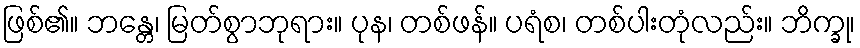
ဖြစ်၏။ ဘန္တေ၊ မြတ်စွာဘုရား။ ပုန၊ တစ်ဖန်။ ပရံစ၊ တစ်ပါးတုံလည်း။ ဘိက္ခု၊